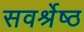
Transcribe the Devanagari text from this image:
सवर्श्रेष्ठ